Vaccination report Assam 1896-1927 - 1896-1927
Year: 1896
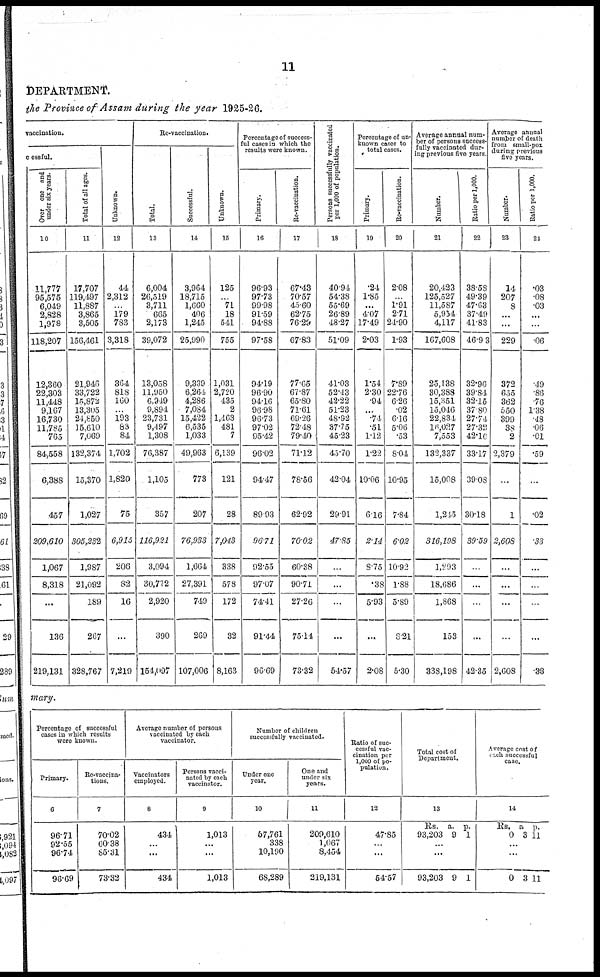
11
DEPARTMENT.
the Province of Assam during the year 1925-26.
vaccination.
cessful.
Over one and
under six years.
10
11,777
95,575
6,049
2,828
1,978
118,207
12,360
22,303
11,448
9,167
16,730
11,785
765
84,558
6,388
457
209,610
1,067
8,318
...
136
219,131
Total of all ages.
11
17,707
119,497
11,887
3,865
3,505
156,461
21,946
33,722
15,872
13,305
24,850
15,610
7,069
132,374
15,370
1,027
305,232
1,987
21,092
189
267
328,767
Unknown.
12
44
2,312
...
179
783
3,318
364
818
160
...
193
83
84
1,702
1,820
75
6,915
206
82
16
...
7,219
Re-vaccination.
Total.
13
6,004
26,519
3,711
665
2,173
39,072
13,058
11,950
6,949
9,894
23,731
9,497
1,308
76,387
1,105
357
116,921
3,094
30,772
2,920
390
154,097
Successful.
14
3,964
18,715
1,660
406
1,245
25,990
9,339
6,264
4,286
7,084
15,422
6,535
1,033
49,963
773
207
76,933
1,664
27,391
749
269
107,006
Unknown.
15
125
...
71
18
541
755
1,031
2,720
435
2
1,463
481
7
6,139
121
28
7,043
338
578
172
32
8,163
Percentage of success-
ful cases in which the
results were known.
Primary.
16
96.93
97.73
99.98
91.59
94.88
97.58
94.19
96.90
94.16
96.98
96.73
97.02
95.42
96.02
94.47
89.93
96.71
92.55
97.07
74.41
91.44
96.69
Re-vaccination.
17
67.43
70.57
45.60
62.75
76.29
67.83
77.65
67.87
65.80
71.61
69.26
72.48
79.40
71.12
78.56
62.92
70.02
60.38
90.71
27.26
75.14
73.32
Persons successfully vaccinated
per 1,000 of population.
18
40.94
54.38
55.69
26.89
48.27
51.09
41.03
52.43
42.22
51.23
48.92
37.75
45.23
45.70
42.04
29.91
47.85
...
...
...
...
54.57
Percentage of un-
known cases to
total cases.
Primary.
19
.24
1.85
...
4.07
17.49
2.03
1.54
2.30
.94
...
.74
.51
1.12
1.22
10.06
6.16
2.14
8.75
.38
5.93
...
2.08
Re-vaccination.
20
2.08
...
1.91
2.71
24.90
1.93
7.89
22.76
6.26
.02
6.16
5.06
.53
8.04
10.95
7.84
6.02
10.92
1.88
5.89
8.21
5.30
Average annual num-
ber of persons success-
fully vaccinated dur-
ing previous five years.
Number.
21
20,423
125,527
11,587
5,954
4,117
167,608
25,138
30,388
15,351
15,046
22,834
16,027
7,553
132,337
15,008
1,245
316,198
1,293
18,686
1,868
153
338,198
Ratio per 1,000.
22
38.58
49.39
47.63
37.49
41.83
46.93
32.96
39.84
32.15
37.80
27.74
27.32
42.10
33.17
39.08
30.18
39.59
...
...
...
...
42.35
Average annual
number of death
from small-pox
during previous
five years.
Number.
23
14
207
8
...
...
229
372
655
362
550
399
38
2
2,379
...
1
2,608
...
...
...
...
2,608
Ratio per 1,000.
24
.03
.08
.03
...
...
.06
.49
.86
.76
1.38
48
.06
.01
.59
...
.02
.33
...
...
...
...
.33
mary.
Percentage of successful
cases in which results
were known.
Primary.
6
96.71
92.55
96.74
96.69
Re-vaccina¬
tions.
7
70.02
60.38
85.31
73.32
Average number of persons
vaccinated by each
vaccinator.
Vaccinators
employed.
8
434
...
...
434
Persons vacci-
nated by each
vaccinator.
9
1,013
...
...
1,013
Number of children
successfully vaccinated.
Under one
year.
10
57,761
338
10,190
68,289
One and
under six
years.
11
209,610
1,067
8,454
219,131
Ratio of suc-
cessful vac-
cination per
1,000 of po-
pulation.
12
47.85
...
...
54.57
Total cost of
Department.
13
Rs.
93,203
a
9
p.
1
...
...
93,203 9 1
Average cost of
each successful
case.
14
Rs.
0
a
3
p.
11
. ..
...
0 3 11